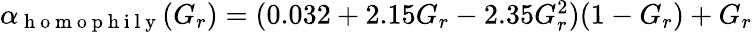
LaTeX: \begin{array}{r}{\alpha_{\mathrm{~h~o~m~o~p~h~i~l~y~}}(G_{r})=(0.032+2.15G_{r}-2.35G_{r}^{2})(1-G_{r})+G_{r}}\end{array}